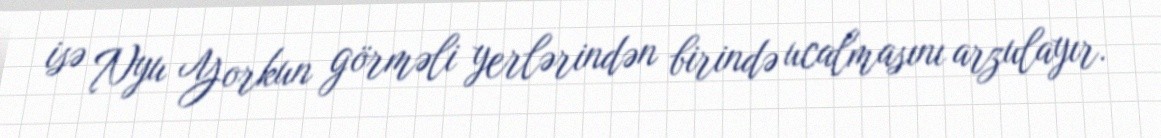
isə Nyu Yorkun görməli yerlərindən birində ucalmasını arzulayır.